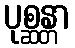
ပုစ္ဆန္တာ